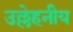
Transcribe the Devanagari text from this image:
उल्लेहनीय